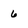
Character: 6